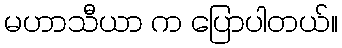
မဟာသီယာ က ပြောပါတယ်။